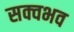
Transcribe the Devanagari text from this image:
सक्वभव